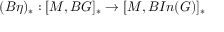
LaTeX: ( B \eta ) _ { \ast } : [ M , B G ] _ { \ast } \rightarrow [ M , B I n ( G ) ] _ { \ast }